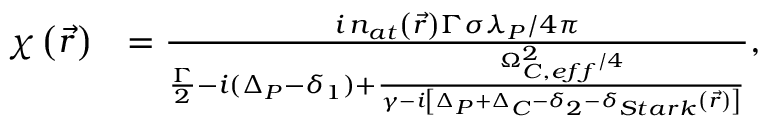
\begin{array} { r l } { \chi \left( \vec { r } \right) } & { = \frac { i \, n _ { a t } \left( \vec { r } \right) \Gamma \sigma \lambda _ { P } / 4 \pi } { \frac { \Gamma } { 2 } - i ( \Delta _ { P } - \delta _ { 1 } ) + \frac { \Omega _ { C , e f f } ^ { 2 } / 4 } { \gamma - i \left[ \Delta _ { P } + \Delta _ { C } - \delta _ { 2 } - \delta _ { S t a r k } \left( \vec { r } \right) \right] } } , } \end{array}